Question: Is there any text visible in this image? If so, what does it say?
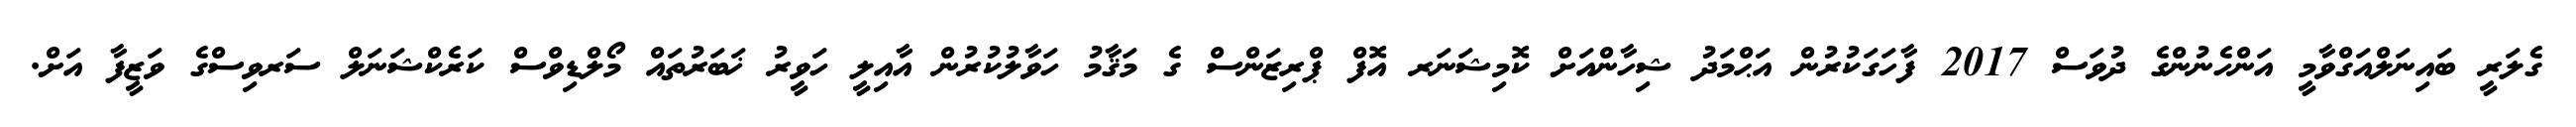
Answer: ގެލަރީ ބައިނަލްއަގްވާމީ އަންހެނުންގެ ދުވަސް 2017 ފާހަގަކުރުން އަޙްމަދު ޝިހާންއަށް ކޮމިޝަނަރ އޮފް ޕްރިޒަންސް ގެ މަޤާމު ހަވާލުކުރުން އާއިލީ ހަވީރު ޚަބަރުތައް މޯލްޑިވްސް ކަރެކްޝަނަލް ސަރވިސްގެ ވަޒީފާ އަށް.